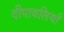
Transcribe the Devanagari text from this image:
दीपावलियाँ